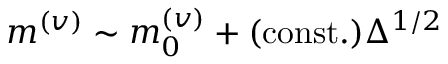
m ^ { ( v ) } \sim m _ { 0 } ^ { ( v ) } + ( \mathrm { c o n s t . } ) \Delta ^ { 1 / 2 }